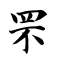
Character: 罘